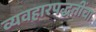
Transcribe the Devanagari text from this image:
व्यवहारपद्धतींचा